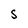
Character: 5